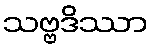
သဗ္ဗဒိဿာ